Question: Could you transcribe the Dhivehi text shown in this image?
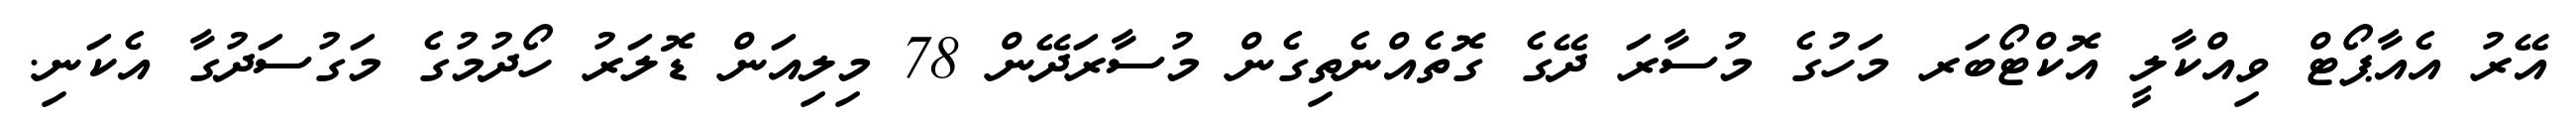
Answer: އޭރު އެއާޕޯޓް ވިއްކާލީ އޮކްޓޯބަރ މަހުގެ މުސާރަ ދޭގެ ގޮތެއްނެތިގެން މުސާރަދޭން 78 މިލިއަން ޑޮލަރު ހޯދުމުގެ މަގުސަދުގާ އެކަނި.